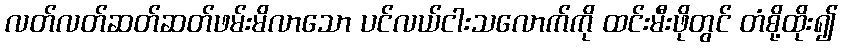
လတ်လတ်ဆတ်ဆတ်ဖမ်းမိလာသော ပင်လယ်ငါးသလောက်ကို ထင်းမီးဖိုတွင် တံစို့ထိုး၍